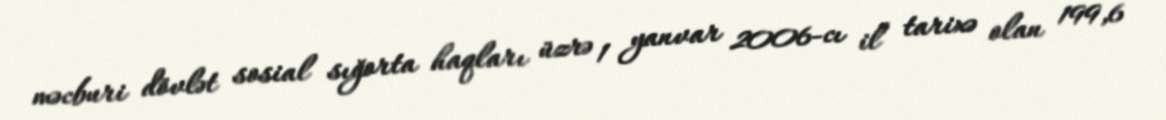
məcburi dövlət sosial sığorta haqları üzrə 1 yanvar 2006-cı il tarixə olan 199,6